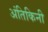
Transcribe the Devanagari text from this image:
अंतिकिनी